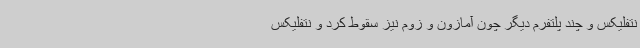
نتفلیکس و چند پلتفرم دیگر چون آمازون و زوم نیز سقوط کرد و نتفلیکس